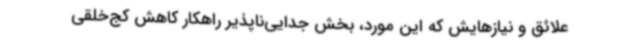
علائق و نیازهایش که این مورد، بخش جدایی‌ناپذیر راهکار کاهش کج‌خلقی